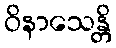
ဝိနာသေန္တိ